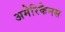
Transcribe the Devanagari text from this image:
अमेरिकैनस